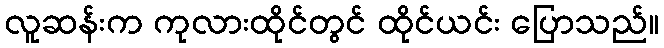
လူဆန်းက ကုလားထိုင်တွင် ထိုင်ယင်း ပြောသည်။